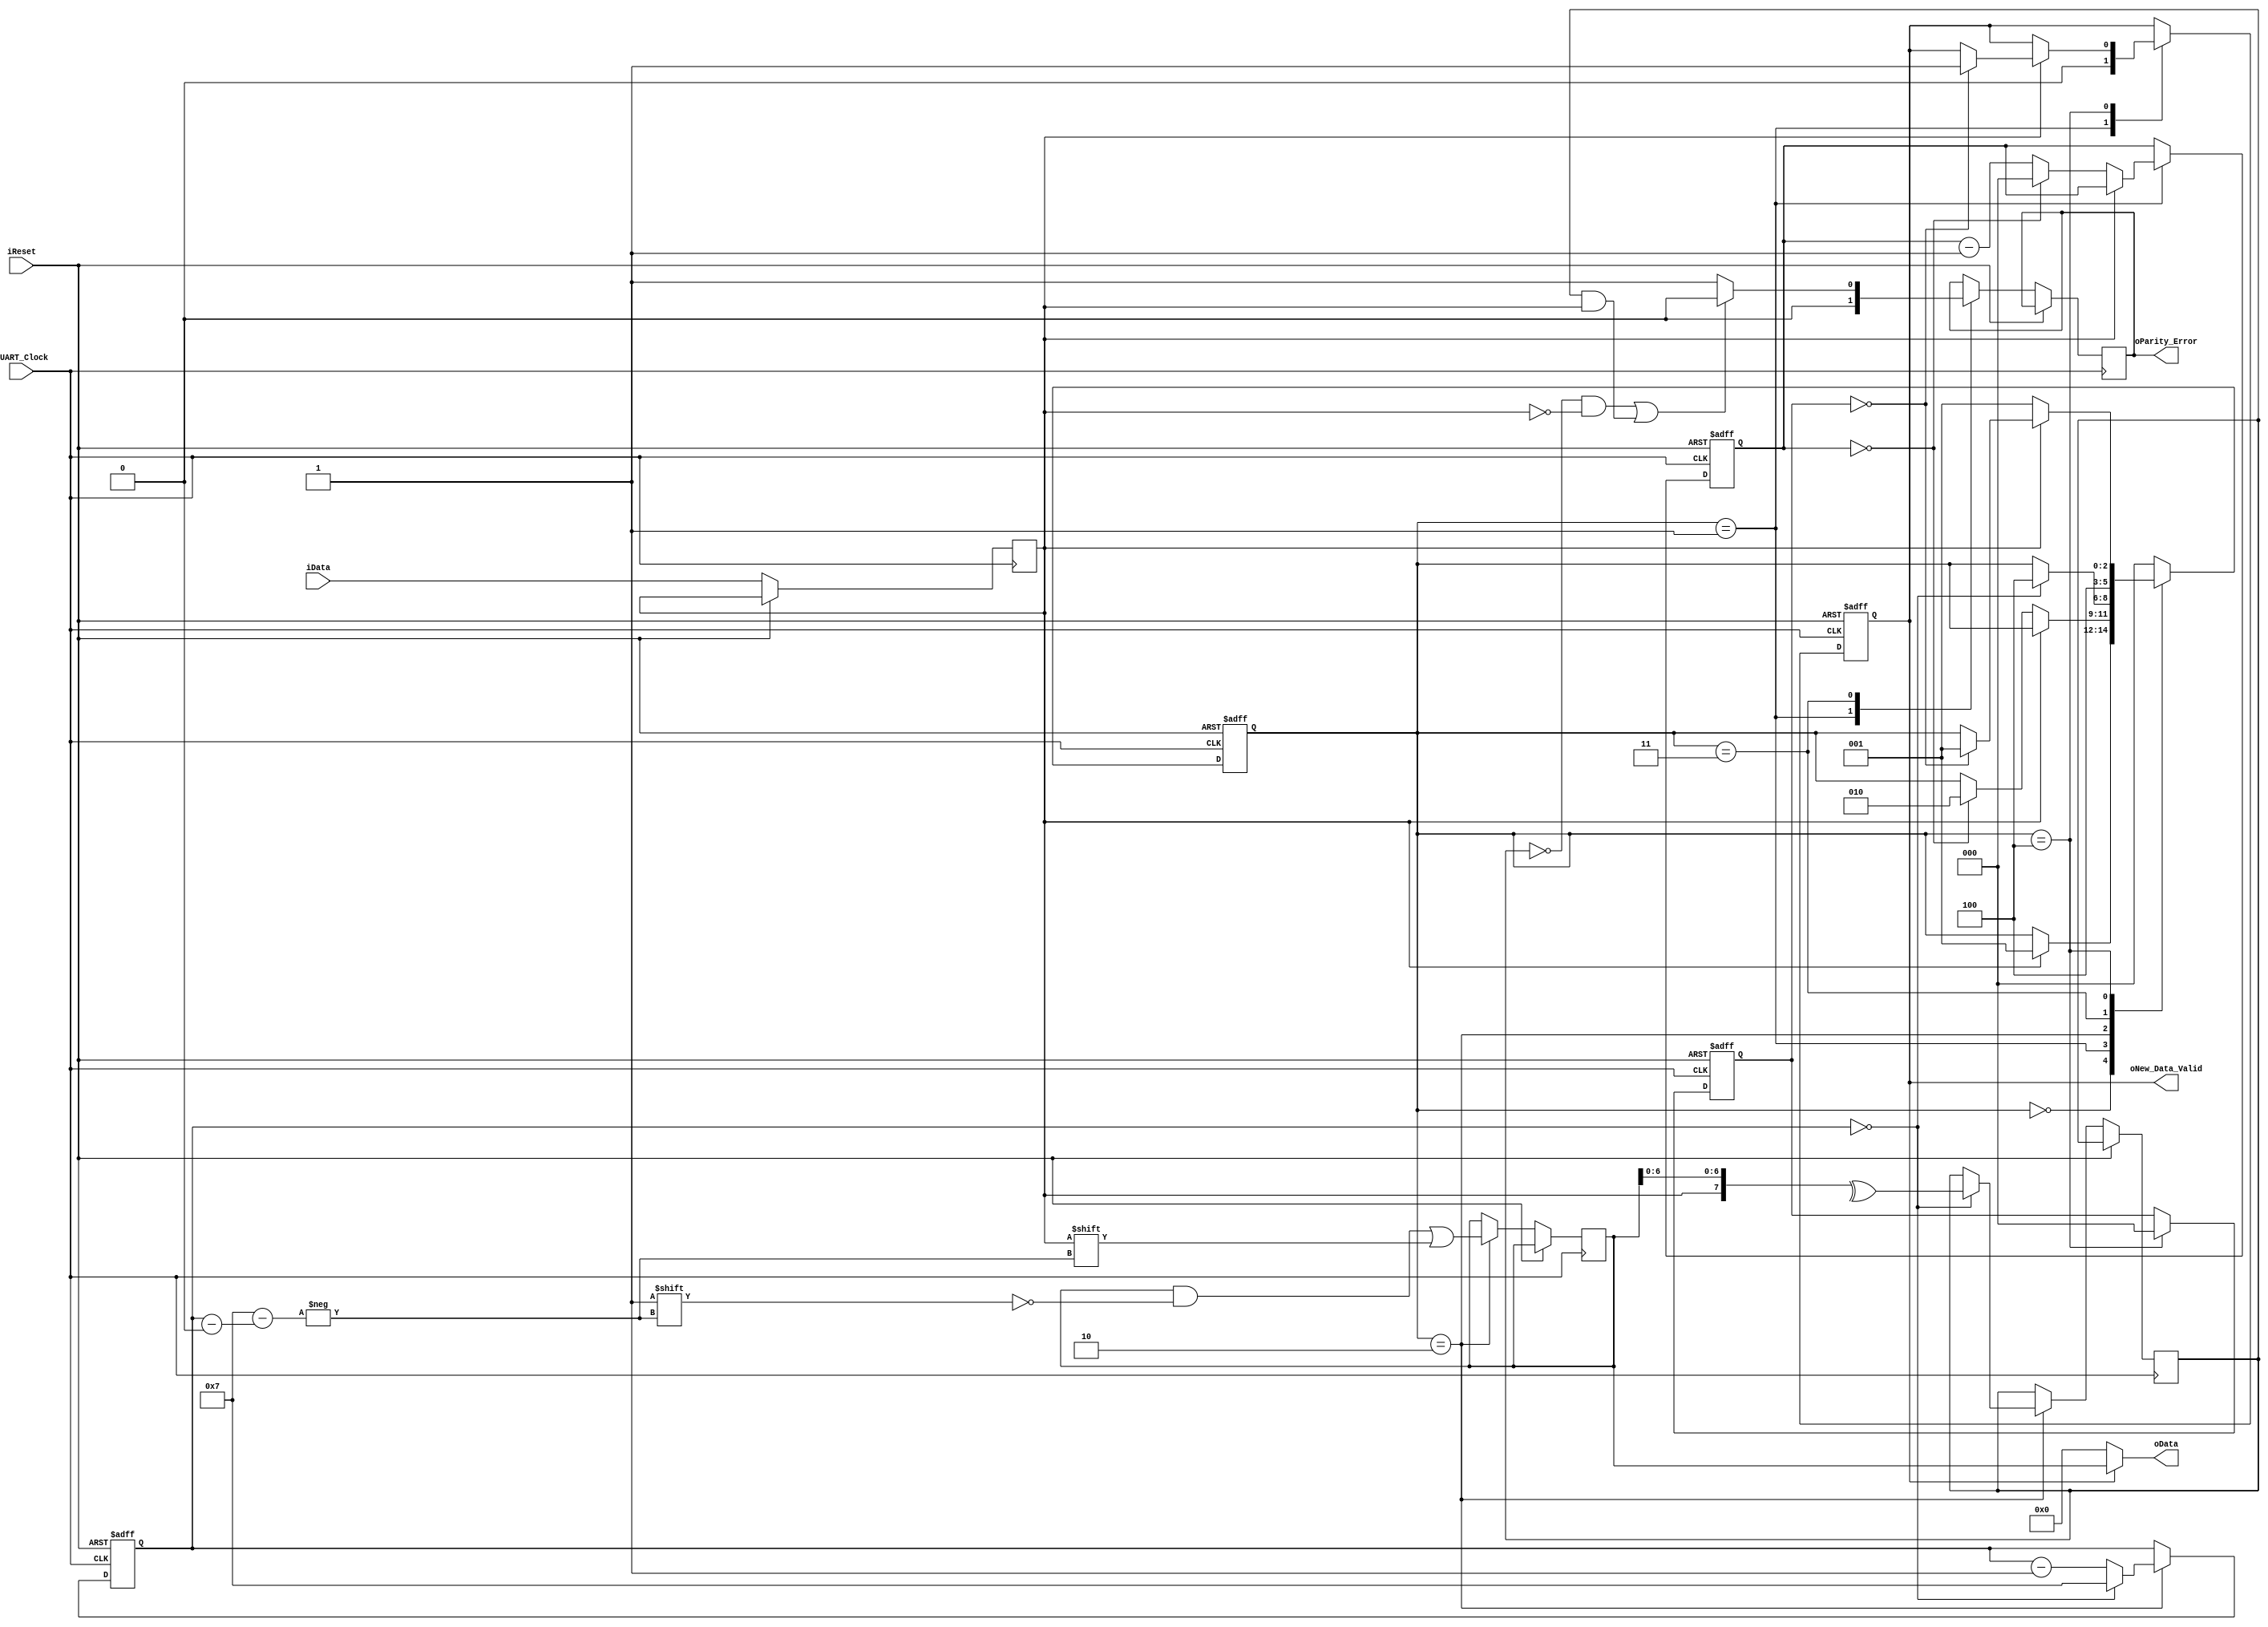
`timescale 1ns / 1ps
//////////////////////////////////////////////////////////////////////////////////
// Company: 
// 
// Design Name: 
// Module Name: UART_RX
// Project Name: 
// Target Devices: 
// Tool Versions: 
// Description: 
// 
// Dependencies: 
// 
// Revision:
// Revision 0.01 - File Created
// Additional Comments:
// 
//////////////////////////////////////////////////////////////////////////////////


module UART_RX
#( //like generic in vhdl
    parameter p_UART_BITS           = 8,
    parameter [2:0] p_START_BITS    = 1,
    parameter [2:0] p_STOP_BITS     = 1,
    parameter [0:0] p_CHECK_PARITY  = 1'b0,// 0 - no use of parity  ,   1 - check for parity
    parameter [0:0] p_PARITY        = 1'b0 // 0 - parity even = 0   ,   1 - pariy odd = 1
    )
( //i/o list
    input iUART_Clock,
    input iReset,
    input iData,
    output [p_UART_BITS-1:0] oData,
    output oNew_Data_Valid,
    output oParity_Error  // 0 - no error, 1- error
    );
    
    localparam reg [2:0] IDLE   = 3'd0;
    localparam reg [2:0] START  = 3'd1;
    localparam reg [2:0] DATA   = 3'd2;
    localparam reg [2:0] PARITY = 3'd3;
    localparam reg [2:0] STOP   = 3'd4;
    
        //Second always - controlling the UIART 
    reg [2:0] rUART_State                   = IDLE;
    reg [2:0] rStart_bits                   = p_START_BITS-1;
    reg [2:0] rStop_bits                    = p_STOP_BITS-1;
    reg [3:0] rUART_Bits_Counter            = p_UART_BITS-1;
    reg [0:p_UART_BITS-1] rData             = 0; //bits order inverted,LSB at index p_UART_BITS-1, MSB at index 0
    reg                   rData_Parity      = 1'b0;
    reg rNew_Data_Valid                     = 1'b0;
    reg r_Data_stable                       = 1'b0;
    reg rParity_Error                       = 1'b0;
    /*initial begin
      rClock <= 1'b0;
    end*/
    
    assign oData            = rNew_Data_Valid? rData: 0;
    assign oNew_Data_Valid  = rNew_Data_Valid; 
    assign oParity_Error    = rParity_Error;
    
    always @(posedge iUART_Clock, posedge iReset) begin
        if(iReset) begin
            rNew_Data_Valid     <=  1'b0;
            rUART_State         <=  IDLE;
            rStart_bits         <=  p_START_BITS-1;
            rStop_bits          <=  p_STOP_BITS -1;
            rUART_Bits_Counter  <=  p_UART_BITS -1;
        end else begin
            r_Data_stable <= iData;
            case (rUART_State)
                IDLE: begin
                    if(r_Data_stable) 
                        rUART_State <= START;
                end
                
                START: begin
                    rNew_Data_Valid <= 1'b0;
                    rParity_Error   <= 1'b0;
                    if(!r_Data_stable)
                        if(rStart_bits == 0) begin
                            rUART_State <=  DATA;
                            rStart_bits <=  p_START_BITS-1;
                        end else
                            rStart_bits <=  rStart_bits - 1;
                end
                
                DATA: begin
                    rData[rUART_Bits_Counter]   <= r_Data_stable;
                    
                    if(rUART_Bits_Counter==0) begin
                        if(p_CHECK_PARITY) //check parity
                            rUART_State         <=  PARITY;
                        else    
                            rUART_State         <=  STOP;
                            
                        rUART_Bits_Counter  <=  p_UART_BITS - 1; 
                        rData_Parity        <=  ^{r_Data_stable, rData[1:p_UART_BITS - 1]}; //calculate Parity bit without missing the last bit
                    end else 
                        rUART_Bits_Counter  <= rUART_Bits_Counter- 1;
                end
                
                PARITY: begin
                    if(p_PARITY) begin // odd
                        if((rData_Parity && !r_Data_stable) || (!rData_Parity && r_Data_stable))
                            rParity_Error <= 1'b0;
                        else
                            rParity_Error <= 1'b1;
                    end else begin // even
                        if((!rData_Parity && !r_Data_stable) || (rData_Parity && r_Data_stable))
                            rParity_Error <= 1'b0;
                        else
                            rParity_Error <= 1'b1;
                    end
                    rUART_State   <=  STOP;
                end
                
                STOP: begin
                     if(r_Data_stable)
                        if(rStop_bits == 0) begin
                            rUART_State     <=  START;
                            rStop_bits      <=  p_STOP_BITS-1;
                            rNew_Data_Valid <=  1'b1;
                        end else
                            rStop_bits  <= rStop_bits - 1;
                     else // if the stop bit is 0 then something is off
                            rUART_State     <=  START;
                            rStop_bits      <=  p_STOP_BITS-1;
                end
                
                default: begin
                    rUART_State <= IDLE;
                end
            endcase
        
        end
    end
    
endmodule